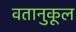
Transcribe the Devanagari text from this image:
वतानुकूल